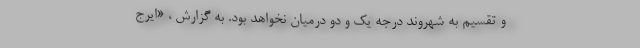
و تقسیم به شهروند درجه یک و دو درمیان نخواهد بود. به گزارش ، «ایرج